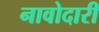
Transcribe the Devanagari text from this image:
नावोदारी